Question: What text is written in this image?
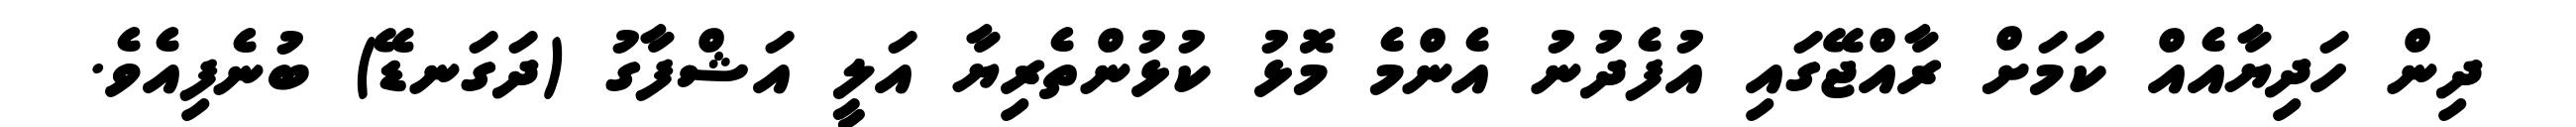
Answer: ދިން ހަދިޔާއެއް ކަމަށް ރާއްޖޭގައި އުފެދުނު އެންމެ މޮޅު ކުޅުންތެރިޔާ އަލީ އަޝްފާގު (ދަގަނޑޭ) ބުނެފިއެވެ.